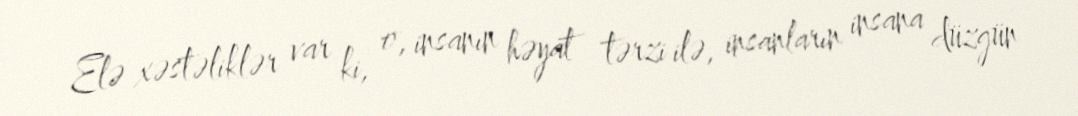
Elə xəstəliklər var ki, o, insanın həyat tərzi ilə, insanların insana düzgün